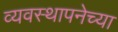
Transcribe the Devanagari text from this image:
व्यवस्थापनेच्या